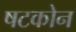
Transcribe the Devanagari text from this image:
षटकोन